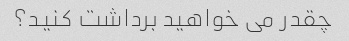
چقدر می خواهید برداشت کنید؟